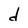
Character: d